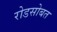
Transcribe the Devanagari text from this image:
रोडसोबत